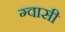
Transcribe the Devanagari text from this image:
ग्वासी